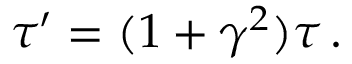
\tau ^ { \prime } = ( 1 + \gamma ^ { 2 } ) \tau \, .